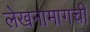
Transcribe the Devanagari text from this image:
लेखनामागची